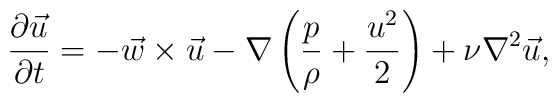
{\partial \vec u \over{\partial t}} = - \vec w \times \vec u - \nabla \left({p\over \rho} + {u^2\over 2}\right) + \nu \nabla^2 \vec u,